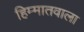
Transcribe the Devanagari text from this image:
हिम्मातवाला